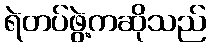
ရဲတပ်ဖွဲ့ကဆိုသည်